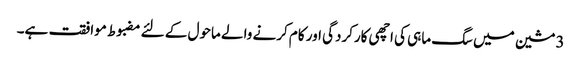
3 مشین میں سگ ماہی کی اچھی کارکردگی اور کام کرنے والے ماحول کے لئے مضبوط موافقت ہے۔